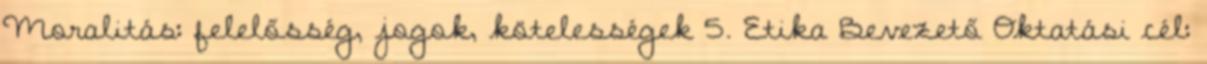
Moralitás: felelősség, jogok, kötelességek 5. Etika Bevezető Oktatási cél: